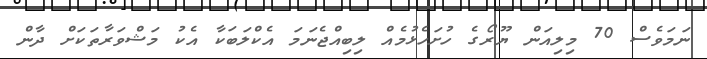
ނަމަވެސް 70 މިލިއަން ޔޫރޯގެ ހުށަހެޅުމެއް ލިބިއްޖެނަމަ އެކްލަބަކާ އެކު މަޝްވަރާތަކަށް ދާން